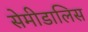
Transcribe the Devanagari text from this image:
सेमीडालिस